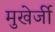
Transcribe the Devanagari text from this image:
मुखेर्जी